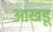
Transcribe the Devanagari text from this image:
आखडू